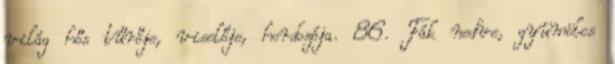
világ hős tűrője, viselője, hordozója. 86. Fák nedve, gyümölcs